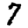
Digit: 7